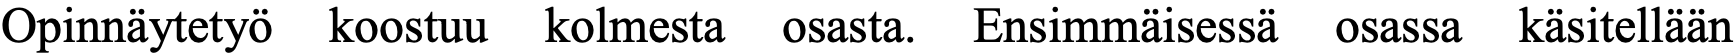
Opinnäytetyö koostuu kolmesta osasta. Ensimmäisessä osassa käsitellään